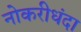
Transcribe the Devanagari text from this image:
नोकरीधंदा